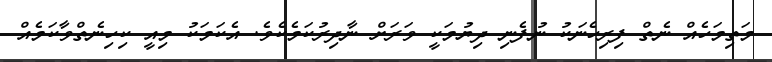
މަތިމަހެއް ނެތް ފިރިހެނަކު ނުފެނި ދިޔުމަކީ ވަރަށް ނާދިރުކަމެކެވެ. އެކަމަކު މިއީ ކިހިނެތްވާކަމެއް